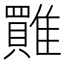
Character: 𩀺